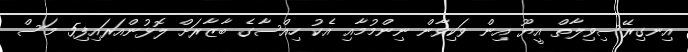
އިނގިރޭސިވިލާތް އީޔޫ އިން ވަކިވާން ނިންމުމާއި އެކު ހިއްސާގެ ބާޒާރަށް ލޮޅުންއަރައިފި5 މަސް